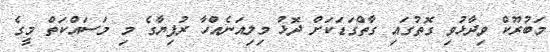
މަބުރޫކް ވިދާޅުވި ގޮތުގައި ގާތްގަޑަކަށް ދޮޅު މިލިއަނެއްހާ ރުފިޔާގެ މި މަސައްކަތް މީގެ